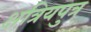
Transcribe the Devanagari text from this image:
क्षत्रियपुत्र